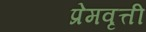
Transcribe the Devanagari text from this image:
प्रेमवृत्ती